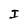
Character: I